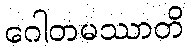
ဂေါတမဿာတိ